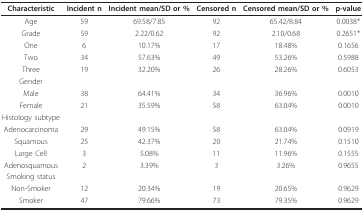
<table><thead><tr><td><b>Characteristic</b></td><td><b>Incident n</b></td><td><b>Incident mean/SD or %</b></td><td><b>Censored n</b></td><td><b>Censored mean/SD or %</b></td><td><b>p-value</b></td></tr></thead><tbody><tr><td>Age</td><td>59</td><td>69.58/7.85</td><td>92</td><td>65.42/8.84</td><td>0.0038*</td></tr><tr><td>Grade</td><td>59</td><td>2.22/0.62</td><td>92</td><td>2.10/0.68</td><td>0.2651*</td></tr><tr><td>One</td><td>6</td><td>10.17%</td><td>17</td><td>18.48%</td><td>0.1656</td></tr><tr><td>Two</td><td>34</td><td>57.63%</td><td>49</td><td>53.26%</td><td>0.5988</td></tr><tr><td>Three</td><td>19</td><td>32.20%</td><td>26</td><td>28.26%</td><td>0.6053</td></tr><tr><td>Gender</td><td>[EMPTY_CELL]</td><td>[EMPTY_CELL]</td><td>[EMPTY_CELL]</td><td>[EMPTY_CELL]</td><td>[EMPTY_CELL]</td></tr><tr><td>Male</td><td>38</td><td>64.41%</td><td>34</td><td>36.96%</td><td>0.0010</td></tr><tr><td>Female</td><td>21</td><td>35.59%</td><td>58</td><td>63.04%</td><td>0.0010</td></tr><tr><td>Histology subtype</td><td>[EMPTY_CELL]</td><td>[EMPTY_CELL]</td><td>[EMPTY_CELL]</td><td>[EMPTY_CELL]</td><td>[EMPTY_CELL]</td></tr><tr><td>Adenocarcinoma</td><td>29</td><td>49.15%</td><td>58</td><td>63.04%</td><td>0.0919</td></tr><tr><td>Squamous</td><td>25</td><td>42.37%</td><td>20</td><td>21.74%</td><td>0.1510</td></tr><tr><td>Large Cell</td><td>3</td><td>5.08%</td><td>11</td><td>11.96%</td><td>0.1555</td></tr><tr><td>Adenosquamous</td><td>2</td><td>3.39%</td><td>3</td><td>3.26%</td><td>0.9655</td></tr><tr><td>Smoking status</td><td>[EMPTY_CELL]</td><td>[EMPTY_CELL]</td><td>[EMPTY_CELL]</td><td>[EMPTY_CELL]</td><td>[EMPTY_CELL]</td></tr><tr><td>Non-Smoker</td><td>12</td><td>20.34%</td><td>19</td><td>20.65%</td><td>0.9629</td></tr><tr><td>Smoker</td><td>47</td><td>79.66%</td><td>73</td><td>79.35%</td><td>0.9629</td></tr></tbody></table>